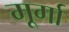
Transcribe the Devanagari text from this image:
मूर्गा